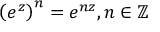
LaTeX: \left( e ^ { z } \right) ^ { n } = e ^ { n z } , n \in \mathbb { Z }